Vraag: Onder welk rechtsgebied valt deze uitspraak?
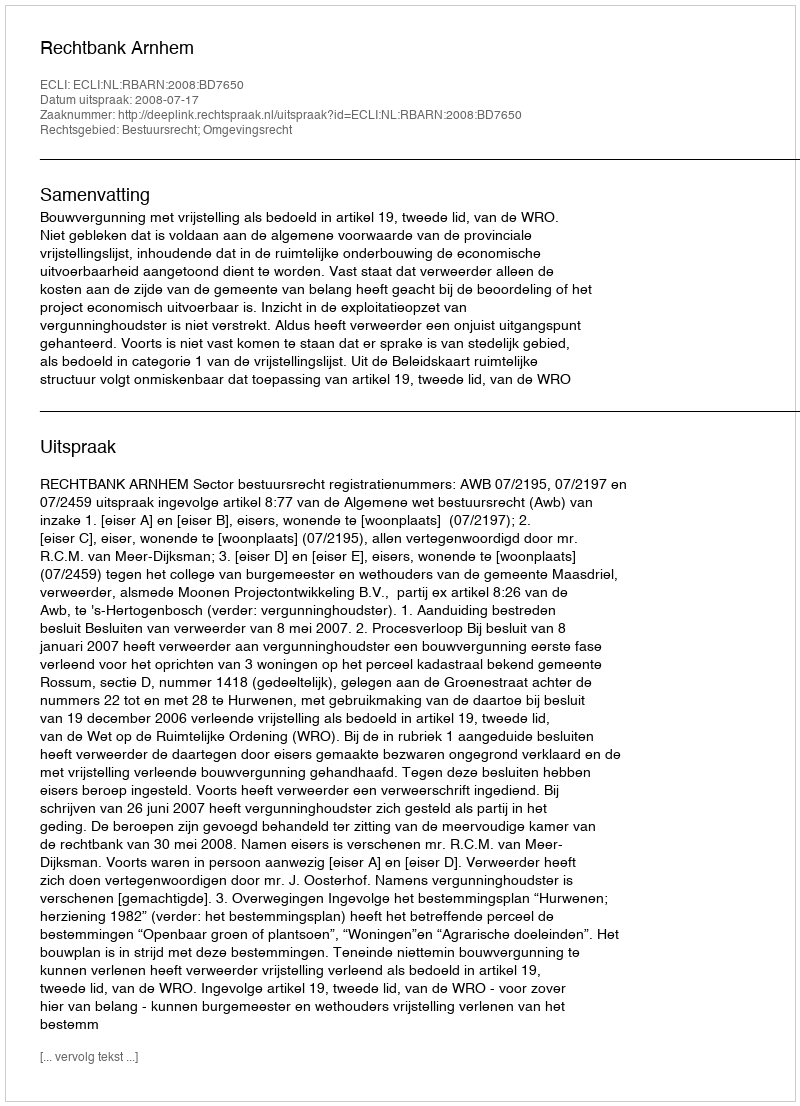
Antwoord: Bestuursrecht; Omgevingsrecht